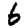
Digit: 6